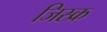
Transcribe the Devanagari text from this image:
जिस्क्र